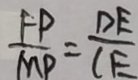
\frac { F P } { M P } = \frac { D E } { C E }